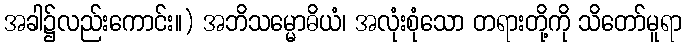
အခါ၌လည်းကောင်း။) အဘိသမ္မောဓိယံ၊ အလုံးစုံသော တရားတို့ကို သိတော်မူရာ